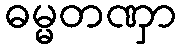
ဓမ္မတဏှာ